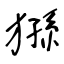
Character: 猻